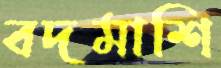
বদমাশি